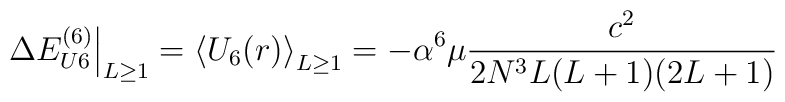
\left.\Delta E^{(6)}_{U6}\right|_{L\ge 1}=\left\langle U_6(r)\right\rangle_{L\ge 1}=-\alpha^6\mu\frac {c^2}{2N^3L(L+1)(2L+1)}